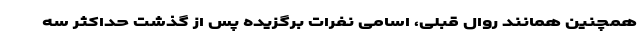
همچنین همانند روال قبلی، اسامی نفرات برگزیده پس از گذشت حداکثر سه